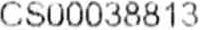
CS00038813